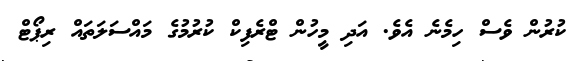
ކުރުން ވެސް ހިމެނެ އެވެ. އަދި މީހުން ޓްރެފިކް ކުރުމުގެ މައްސަލަތައް ރިޕޯޓް